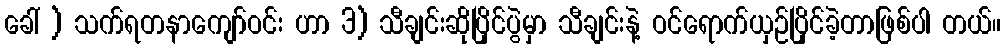
ခေါ် ) သက်ရတနာကျော်ဝင်း ဟာ 3) သီချင်းဆိုပြိုင်ပွဲမှာ သီချင်းနဲ့ ဝင်ရောက်ယှဉ်ပြိုင်ခဲ့တာဖြစ်ပါ တယ်။